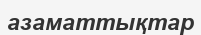
азаматтықтар